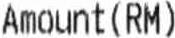
AMOUNT(RM)